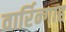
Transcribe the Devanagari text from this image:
वार्रिन्गाह